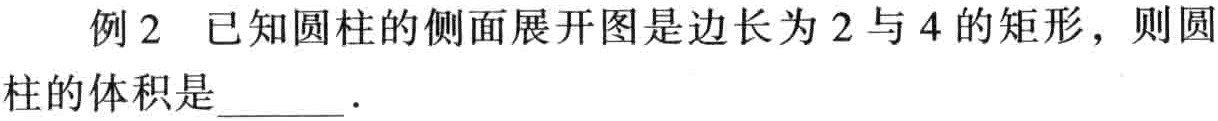
例2 已知圆柱的侧面展开图是边长为2与4的矩形，则圆柱的体积是____．